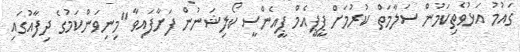
ގައުމު އަޅުވެތިކަމުން ސަލާމަތް ކުރުމަށް ޕީޕީއެމް ޕީއެންސީ ކޯލިޝަނުން ފަށާފައިވާ "މިނިވަންކަމުގެ ދިފާއުގައި